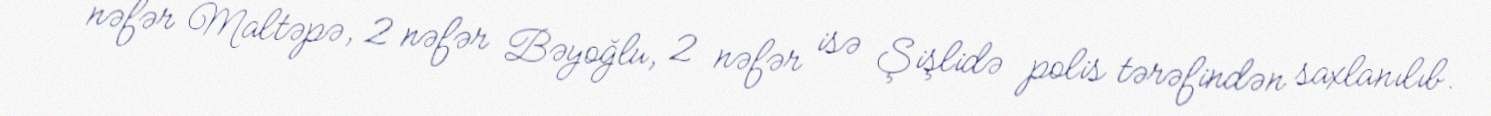
nəfər Maltəpə, 2 nəfər Bəyoğlu, 2 nəfər isə Şişlidə polis tərəfindən saxlanılıb.